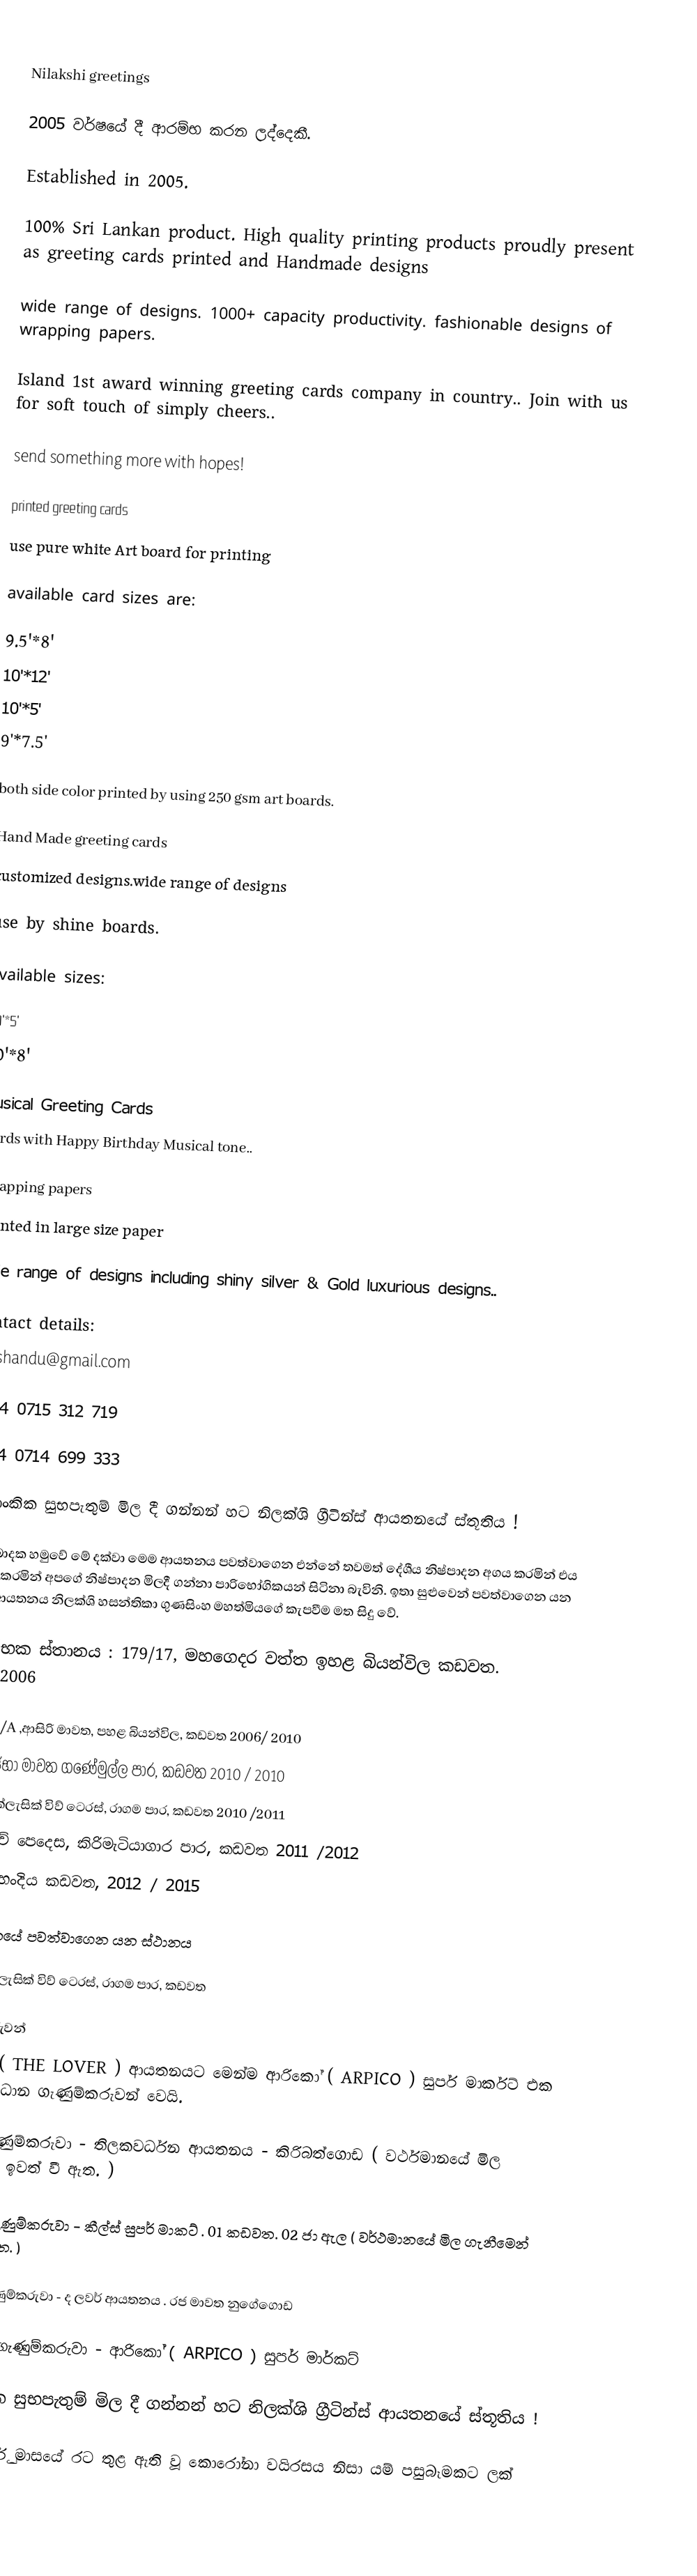

Nilakshi greetings

 2005 වර්ෂයේ දී ආරම්භ කරන ලද්දෙකී.

Established in 2005.

100% Sri Lankan product. High quality printing products proudly present as greeting cards printed and Handmade designs

wide range of designs. 1000+ capacity productivity. fashionable designs of wrapping papers.

Island 1st award winning greeting cards company in country.. Join with us for soft touch of simply cheers..

send something more with hopes!

printed greeting cards
use pure white Art board for printing

available card sizes are:

 9.5'*8'
 10'*12'
 10'*5'
 9'*7.5'

both side color printed by using 250 gsm art boards.

Hand Made greeting cards
customized designs.wide range of designs

use by shine boards.

available sizes:

 10'*5'
 10'*8'

Musical Greeting Cards
Cards with Happy Birthday Musical tone..

Wrapping papers
printed in large size paper

wide range of designs including shiny silver & Gold luxurious designs..

Contact details:
cheshandu@gmail.com

+094 0715 312 719

+094 0714 699 333

 ශ්‍රී ලාංකික සුභපැතුම් මිල දී ගන්නන් හට නිලක්ශි ග්‍රීටින්ස් ආයතනයේ ස්තූතිය !

 විවිධ බාදක හමුවේ  මේ දක්වා මෙම ආයතනය පවත්වාගෙන එන්නේ තවමත් දේශීය නිෂ්පාදන අගය කරමින් එය දිරිමත් කරමින් අපගේ නිෂ්පාදන මිලදී  ගන්නා පාරිභෝගිකයන් සිටිනා බැවිනි. ඉතා සුළුවෙන් පවත්වාගෙන යන මෙම ආයතනය නිලක්ශි හසන්තිකා ගුණසිංහ මහත්මියගේ කැපවීම මත සිදු වේ.

ආරම්භක ස්තානය :    179/17, මහගෙදර වත්ත  ඉහළ බියන්විල කඩවත. 2005/2006

 244 / 1 /A ,ආසිරි මාවත, පහළ බියන්විල, කඩවත   2006/ 2010
 59 , ගජභා මාවත ගණේමුල්ල පාර, කඩවත  2010 / 2010
 75/35, ක්ලැසික් විව් ටෙරස්, රාගම පාර, කඩවත  2010 /2011
 රොක්විව් පෙදෙස, කිරිමැටියාගාර පාර, කඩවත 2011 /2012
 ස්මැක් හංදිය  කඩවත, 2012 / 2015

වර්ථමානයේ පවත්වාගෙන යන ස්ථානය

 75/28, ක්ලැසික් විව් ටෙරස්, රාගම පාර, කඩවත

ගැණුම්කරුවන්
ද ලවර්  ( THE LOVER ) ආයතනයට මෙන්ම ආරිකෝ ( ARPICO ) සුපර් මාර්කට් එක අපගේ ප්‍රධාන ගැණුම්කරුවන් වෙයි.

මුල්ම ගැණුම්කරුවා   -  තිලකවර්ධන ආයතනය - කිරිබත්ගොඩ   ( වර්ථමානයේ මිල ගැනීමෙන් ඉවත් වී ඇත. )

දෙවෙනි ගැණුම්කරුවා - කීල්ස් සුපර් මාකට් . 01 කඩවත.   02 ජා ඇල   ( වර්ථමානයේ මිල ගැනීමෙන් ඉවත් වී ඇත. )

තුන්වන ගැණුම්කරුවා - ද ලවර් ආයතනය  . රජ මාවත නුගේගොඩ

හතරවන ගැණුම්කරුවා - ආරිකෝ ( ARPICO ) සුපර් මාර්කට්

ශ්‍රී ලාංකික සුභපැතුම් මිල දී ගන්නන් හට නිලක්ශි ග්‍රීටින්ස් ආයතනයේ ස්තූතිය !

2020 මාර්තු මාසයේ රට තුළ ඇති වූ කොරෝනා වයිරසය නිසා යම් පසුබෑමකට ලක් විය.